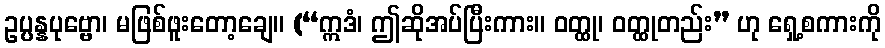
ဥပ္ပန္နပုဗ္ဗော၊ မဖြစ်ဖူးတော့ချေ။ (“ဣဒံ၊ ဤဆိုအပ်ပြီးကား။ ဝတ္ထု၊ ဝတ္ထုတည်း” ဟု ရှေ့စကားကို